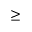
\geq